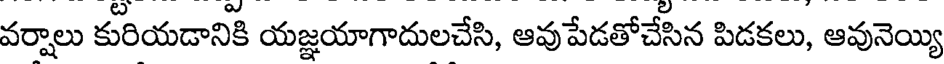
వర్షాలు కురియడానికి యజ్ఞయాగాదులచేసి, ఆవుపేడతోచేసిన పిడకలు, ఆవునెయ్యి